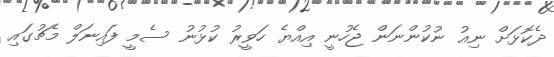
ދެކޮޅަށް ނިއު ނުކުންނަން ޖެހުނީ އިއްޔެ ހަވީރު ކުޅުނު ސެމީ ފައިނަލް މެޗުގައި